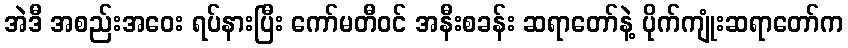
အဲဒီ အစည်းအဝေး ရပ်နားပြီး ကော်မတီဝင် အနီးစခန်း ဆရာတော်နဲ့ ပိုက်ကျုံးဆရာတော်က